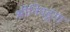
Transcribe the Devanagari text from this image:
श्रीनिवडूंगा